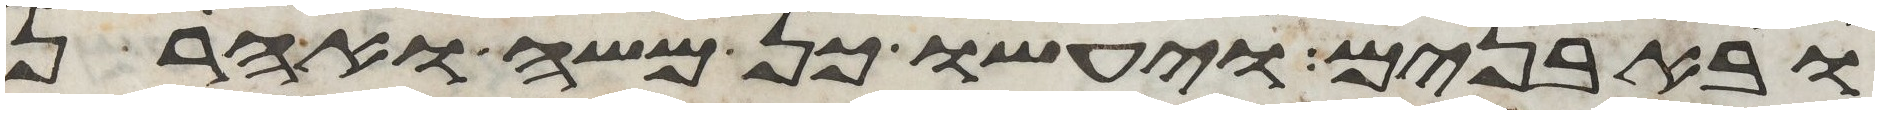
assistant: ובאבנים ויעשו כן משה ואהרן